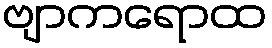
ဗျာကရောထ